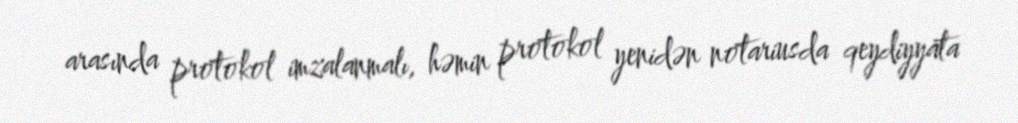
arasında protokol imzalanmalı, həmin protokol yenidən notariusda qeydiyyata